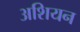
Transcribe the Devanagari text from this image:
अशियन